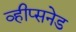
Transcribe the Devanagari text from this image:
व्हीप्सनेड